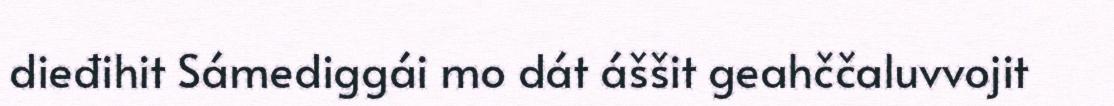
dieđihit Sámediggái mo dát áššit geahččaluvvojit